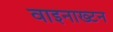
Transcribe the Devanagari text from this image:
वाइनाख्टन